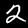
Label: 2